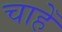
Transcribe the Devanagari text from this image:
चाहेँ